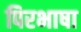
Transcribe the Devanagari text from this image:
पिरभाषा